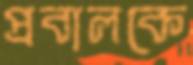
প্রবালকে